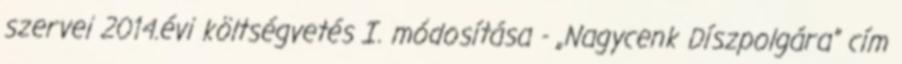
szervei 2014.évi költségvetés I. módosítása - „Nagycenk Díszpolgára” cím